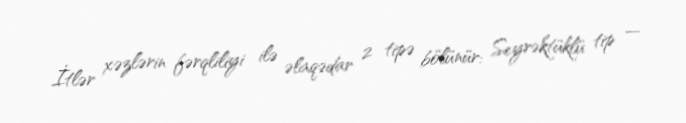
İtlər xəzlərin fərqliliyi ilə əlaqədar 2 tipə bölünür: Seyrəktüklü tip —